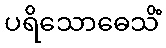
ပရိသောဓေသိံ